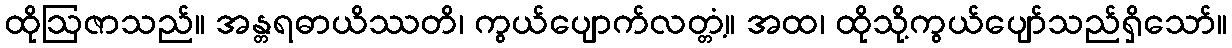
ထိုဩဇာသည်။ အန္တရဓာယိဿတိ၊ ကွယ်ပျောက်လတ္တံ့။ အထ၊ ထိုသို့ကွယ်ပျော်သည်ရှိသော်။